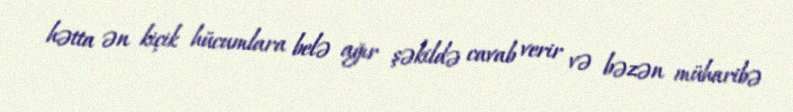
hətta ən kiçik hücumlara belə ağır şəkildə cavab verir və bəzən müharibə